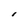
Character: I